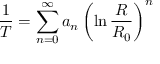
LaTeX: { \frac { 1 } { T } } = \sum _ { n = 0 } ^ { \infty } a _ { n } \left( \ln { \frac { R } { R _ { 0 } } } \right) ^ { n }